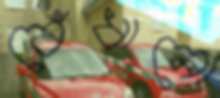
বেঁধানো